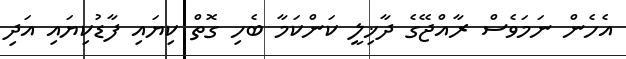
އެހެން ނަމަވެސް ރާއްޖޭގެ ދާޚިލީ ކަންކަމާ ބެހި ގޮޮތް ކިޔައި ފާޑުކިޔައި އަދި